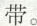
带。